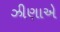
ઝીણાએ